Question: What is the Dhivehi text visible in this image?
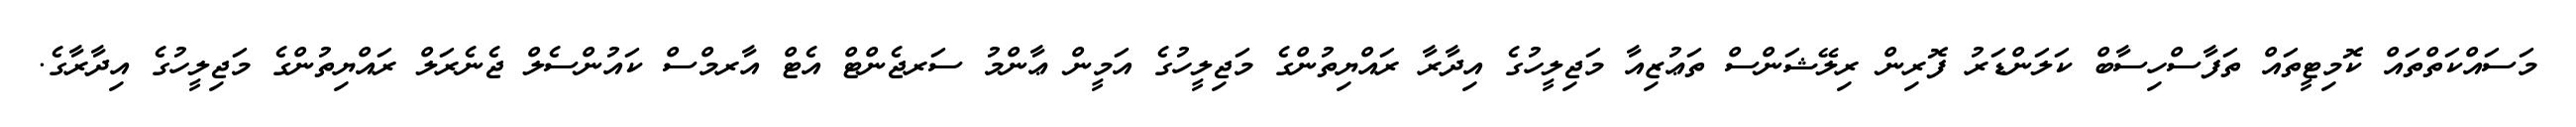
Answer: މަސައްކަތްތައް ކޮމިޓީތައް ތަފާސްހިސާބް ކަލަންޑަރު ފޮރިން ރިލޭޝަންސް ތަޢުޒިއާ މަޖިލީހުގެ އިދާރާ ރައްޔިތުންގެ މަޖިލީހުގެ އަމީން ޢާންމު ސަރޖެންޓް އެޓް އާރމްސް ކައުންސެލް ޖެނެރަލް ރައްޔިތުންގެ މަޖިލީހުގެ އިދާރާގެ.